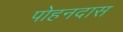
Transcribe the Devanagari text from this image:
पोहनदास